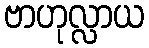
ဗာဟုလ္လာယ